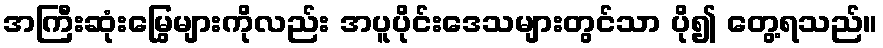
အကြီးဆုံးမြွေများကိုလည်း အပူပိုင်းဒေသများတွင်သာ ပို၍ တွေ့ရသည်။